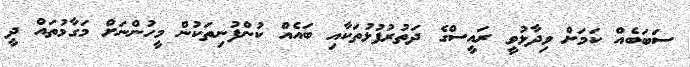
ސަބަބެއް ކަމަށް ވިދާޅުވީ ރައީސްގެ ދަތުރުފުޅުތަކާއި ބައެއް ކުންފުނިތަކުން މީހުންނަށް މަގާމުތައް ދީ